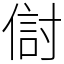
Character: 傠